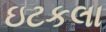
ઇટકલા